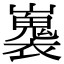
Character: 㠢